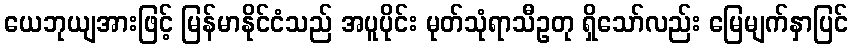
ယေဘုယျအားဖြင့် မြန်မာနိုင်ငံသည် အပူပိုင်း မုတ်သုံရာသီဥတု ရှိသော်လည်း မြေမျက်နှာပြင်